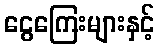
ငွေကြေးများနှင့်